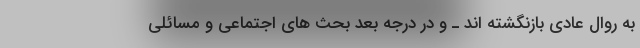
به روال عادی بازنگشته اند ـ و در درجه بعد بحث های اجتماعی و مسائلی